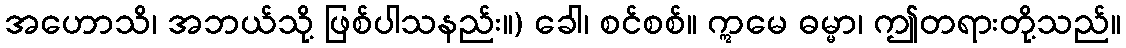
အဟောသိ၊ အဘယ်သို့ ဖြစ်ပါသနည်း။) ခေါ၊ စင်စစ်။ ဣမေ ဓမ္မာ၊ ဤတရားတို့သည်။